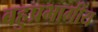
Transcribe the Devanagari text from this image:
बहुप्रभागीय